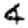
Digit: 4